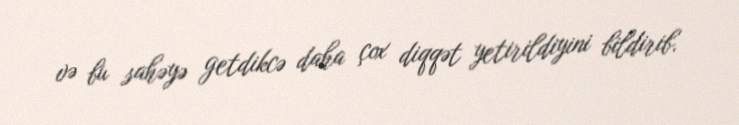
və bu sahəyə getdikcə daha çox diqqət yetirildiyini bildirib.